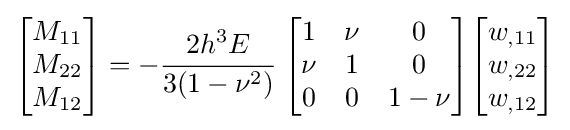
{\begin{bmatrix}M_{11}\\M_{22}\\M_{12}\end{bmatrix}}=-{\cfrac {2h^{3}E}{3(1-\nu ^{2})}}~{\begin{bmatrix}1&\nu &0\\\nu &1&0\\0&0&1-\nu \end{bmatrix}}{\begin{bmatrix}w_{,11}\\w_{,22}\\w_{,12}\end{bmatrix}}